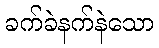
ခက်ခဲနက်နဲသော